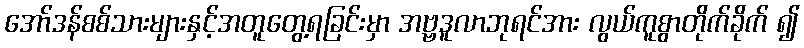
အော်ဒန်စစ်သားများနှင့်အတူတွေ့ရခြင်းမှာ အဗ္ဗဒူလာဘုရင်အား လွယ်ကူစွာတိုက်ခိုက် ၍